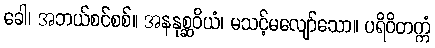
ခေါ၊ အဘယ်စင်စစ်။ အနနုစ္ဆဝိယံ၊ မသင့်မလျော်သော။ ပရိဝိတက္ကံ